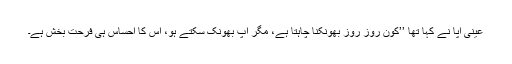
عینی آپا نے کہا تھا ’’کون روز روز بھونکنا چاہتا ہے، مگر آپ بھونک سکتے ہو، اس کا احساس ہی فرحت بخش ہے۔